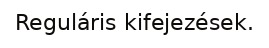
Reguláris kifejezések.